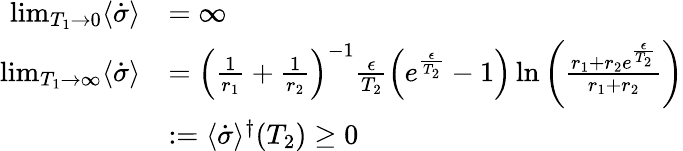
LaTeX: \begin{array}{rl}{\operatorname*{lim}_{T_{1}\to 0}\langle\dot{\sigma}\rangle}&{=\infty}\\ {\operatorname*{lim}_{T_{1}\to\infty}\langle\dot{\sigma}\rangle}&{=\left(\frac{1}{r_{1}}+\frac{1}{r_{2}}\right)^{-1}\frac{\epsilon}{T_{2}}\left(e^{\frac{\epsilon}{T_{2}}}-1\right)\ln\left(\frac{r_{1}+r_{2}e^{\frac{\epsilon}{T_{2}}}}{r_{1}+r_{2}}\right)}\\ &{:=\langle\dot{\sigma}\rangle^{\dagger}(T_{2})\geq 0}\end{array}